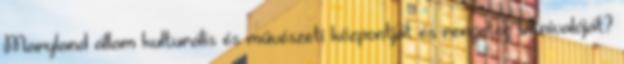
Maryland állam kulturális és művészeti központját és rengeteg látnivalóját?